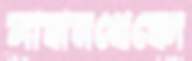
সাবানখেকো